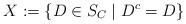
LaTeX: \begin{align*}X:=\{D \in S_C \mid D^c=D\}\end{align*}